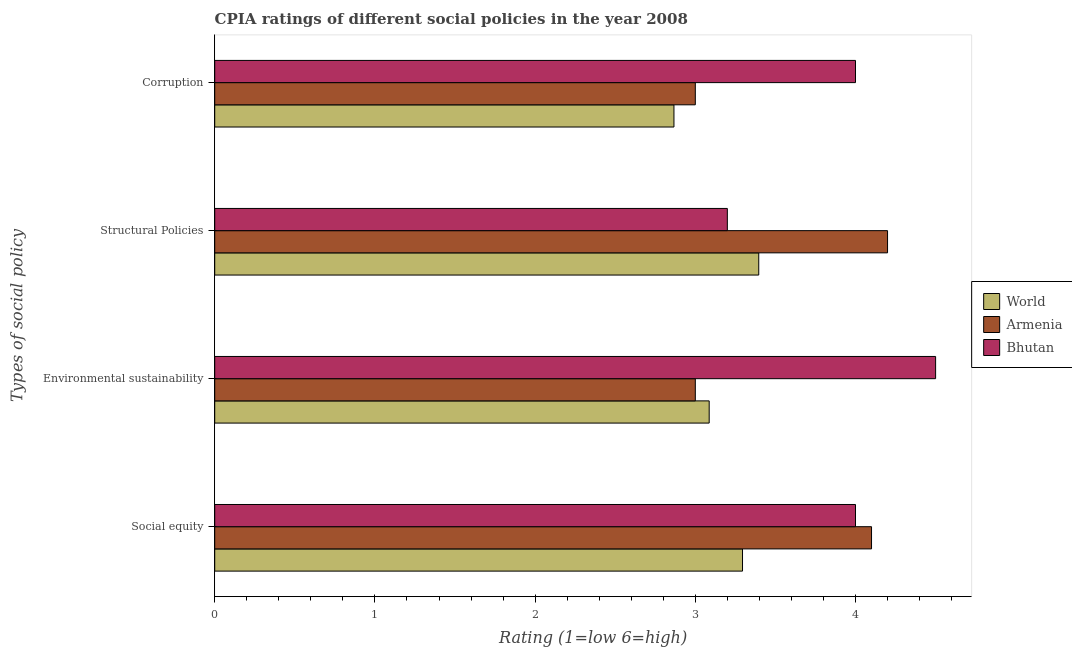
| Types of social policy | World | Armenia | Bhutan |
 | --- | --- | --- | --- |
 | Social equity | 3.29 | 4.1 | 4 |
 | Environmental sustainability | 3.09 | 3 | 4.5 |
 | Structural Policies | 3.4 | 4.2 | 3.2 |
 | Corruption | 2.87 | 3 | 4 |